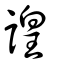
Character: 諻